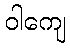
ဝါကျေ